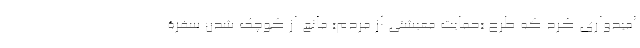
امیدواری کرد که طرح «حمایت معیشتی از مردم» مانع از کوچک‌ شدن سفرۀ